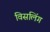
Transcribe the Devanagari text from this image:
विसलिंग